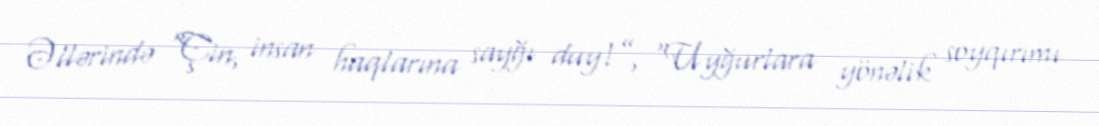
Əllərində “Çin, insan haqlarına sayğı duy!”, “Uyğurlara yönəlik soyqırımı